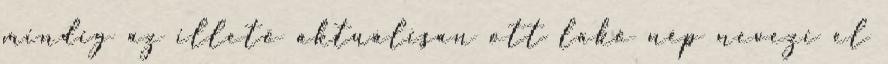
mindig az illető aktuálisan ott lakó nép nevezi el